Problem: 7 × 8 = ?
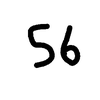
Handwritten answer: 56